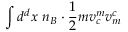
\int d ^ { d } x ~ n _ { B } \cdot \frac { 1 } { 2 } m v _ { c } ^ { m } v _ { m } ^ { c }